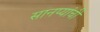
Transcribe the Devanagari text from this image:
सानप्यांची